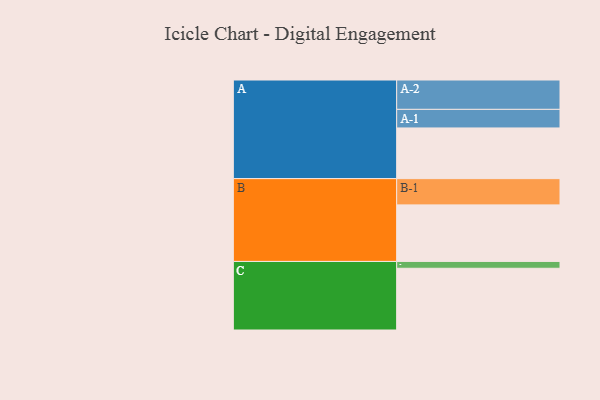
{"axis": {"x": "Segment", "y": "Value"}, "legend": ["", "A", "B", "C"], "data": [{"x": "A", "y": 423, "type": ""}, {"x": "B", "y": 472, "type": ""}, {"x": "C", "y": 515, "type": ""}, {"x": "A-1", "y": 155, "type": "A"}, {"x": "A-2", "y": 245, "type": "A"}, {"x": "B-1", "y": 219, "type": "B"}, {"x": "C-1", "y": 57, "type": "C"}]}